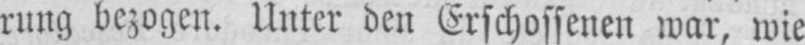
rung bezogen. Unter den Erschossenen war, wie